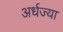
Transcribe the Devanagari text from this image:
अर्धज्या